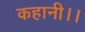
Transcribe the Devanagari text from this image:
कहानी।।